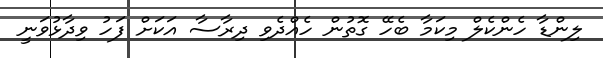
ލިންޑާ ހެންކެލް މިކަމާ ބެހޭ ގޮތުން ހެއްދެވި ދިރާސާ އަކަށް ފަހު ވިދާޅުވަނީ